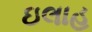
ઇલાહ